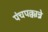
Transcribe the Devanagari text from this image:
पंचपक्कान्ने